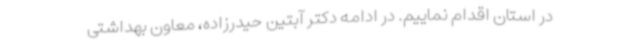
در استان اقدام نماییم. در ادامه دکتر آبتین حیدرزاده، معاون بهداشتی